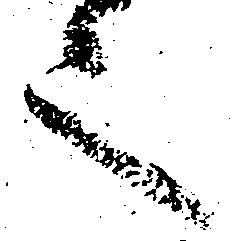
言